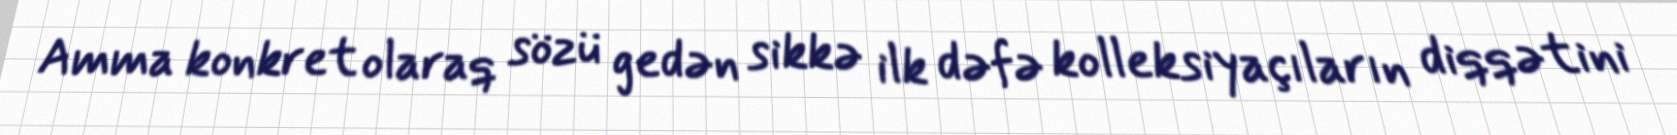
Amma konkret olaraq sözü gedən sikkə ilk dəfə kolleksiyaçıların diqqətini